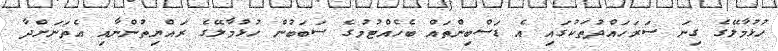
ހުޅުމާލޭގެ ގިނަ ސަރަހައްދުތަކުގައި އެ ޑަސްބިންތައް ބެހެއްޓުމުގެ ސަބަބުން ހުޅުމާލޭގެ ރައްޔިތުންނާއި އެތަނަށްދާ